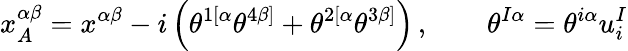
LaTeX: x_{A}^{\alpha\beta}=x^{\alpha\beta}-i\left(\theta^{1[\alpha}\theta^{4\beta]}+\theta^{2[\alpha}\theta^{3\beta]}\right)\, ,\qquad\theta^{I\alpha}=\theta^{i\alpha}u_{i}^{I}